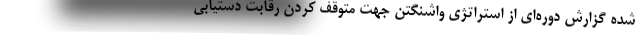
شده گزارش دوره‌ای از استراتژی واشنگتن جهت متوقف کردن رقابت دستیابی